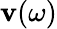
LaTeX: \mathbf{v}(\omega)